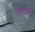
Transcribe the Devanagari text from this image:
लैटम